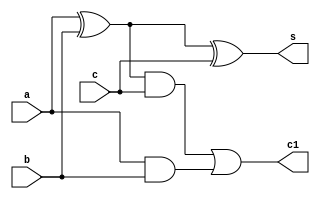
`timescale 1ns / 1ps
//////////////////////////////////////////////////////////////////////////////////
// Company: 
// Engineer: 
// 
// Design Name: 
// Module Name:    shift 
// Project Name: 
// Target Devices: 
// Tool versions: 
// Description: 
//
// Dependencies: 
//
// Revision: 
// Revision 0.01 - File Created
// Additional Comments: 
//
//////////////////////////////////////////////////////////////////////////////////

module bit_adder(a,b,c,s,c1);
input a,b,c;
output s,c1;
wire p,q,r;
xor g1(p,a,b);
xor g2(s,p,c);
and g3(q,p,c);
and g4(r,a,b);
or g5(c1,q,r);
endmodule

module shift(s,a,b,clk,rst,c);
input [3:0] a,b;
input clk,rst;
output reg [3:0] s;
output reg c;
reg [3:0]t1,t2,t3;
reg car;
reg [2:0]i;
wire [1:0]p;
bit_adder g1(t1[0],t2[0],car,p[0],p[1]);
always @(posedge clk or posedge rst)
begin
if(rst==1)
begin 
t1 <= a;
t2 <= b;
t3 <= 0;
car <= 0;
i <= 0;
end
//
else
begin
car <= p[1]; 
t3[3:0] <= {p[0],t3[3:1]};
t2[3:0] <= {t2[0],t2[3:1]};
t1[3:0] <= {t1[0],t1[3:1]};
i <= i+1;
if(i==4)
begin
c <= car;
s <= t3;
end
end
end
endmodule